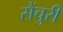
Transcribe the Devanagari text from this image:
सैंचुरी